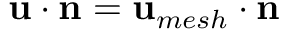
{ \bf u } \cdot { \bf n } = { \bf u } _ { m e s h } \cdot { \bf n }